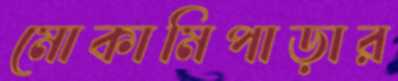
মোকামিপাড়ার